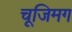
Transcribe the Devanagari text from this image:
चूजिमग